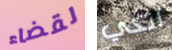
لقضاء أنكي